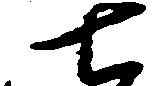
七